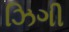
ઝિગી